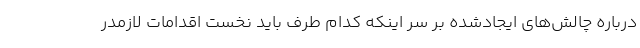
درباره چالش‌های ایجادشده بر سر اینکه کدام طرف باید نخست اقدامات لازمدر